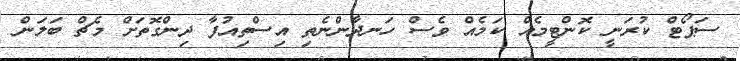
ސަޕޯޓް ކުރަނީ ކޮންޓީމެއް ކަމެއް ވެސް ހަނދާންނެތި އިސްތިއުފާ ދިންގޮތަށް މެޗް ބަލަން